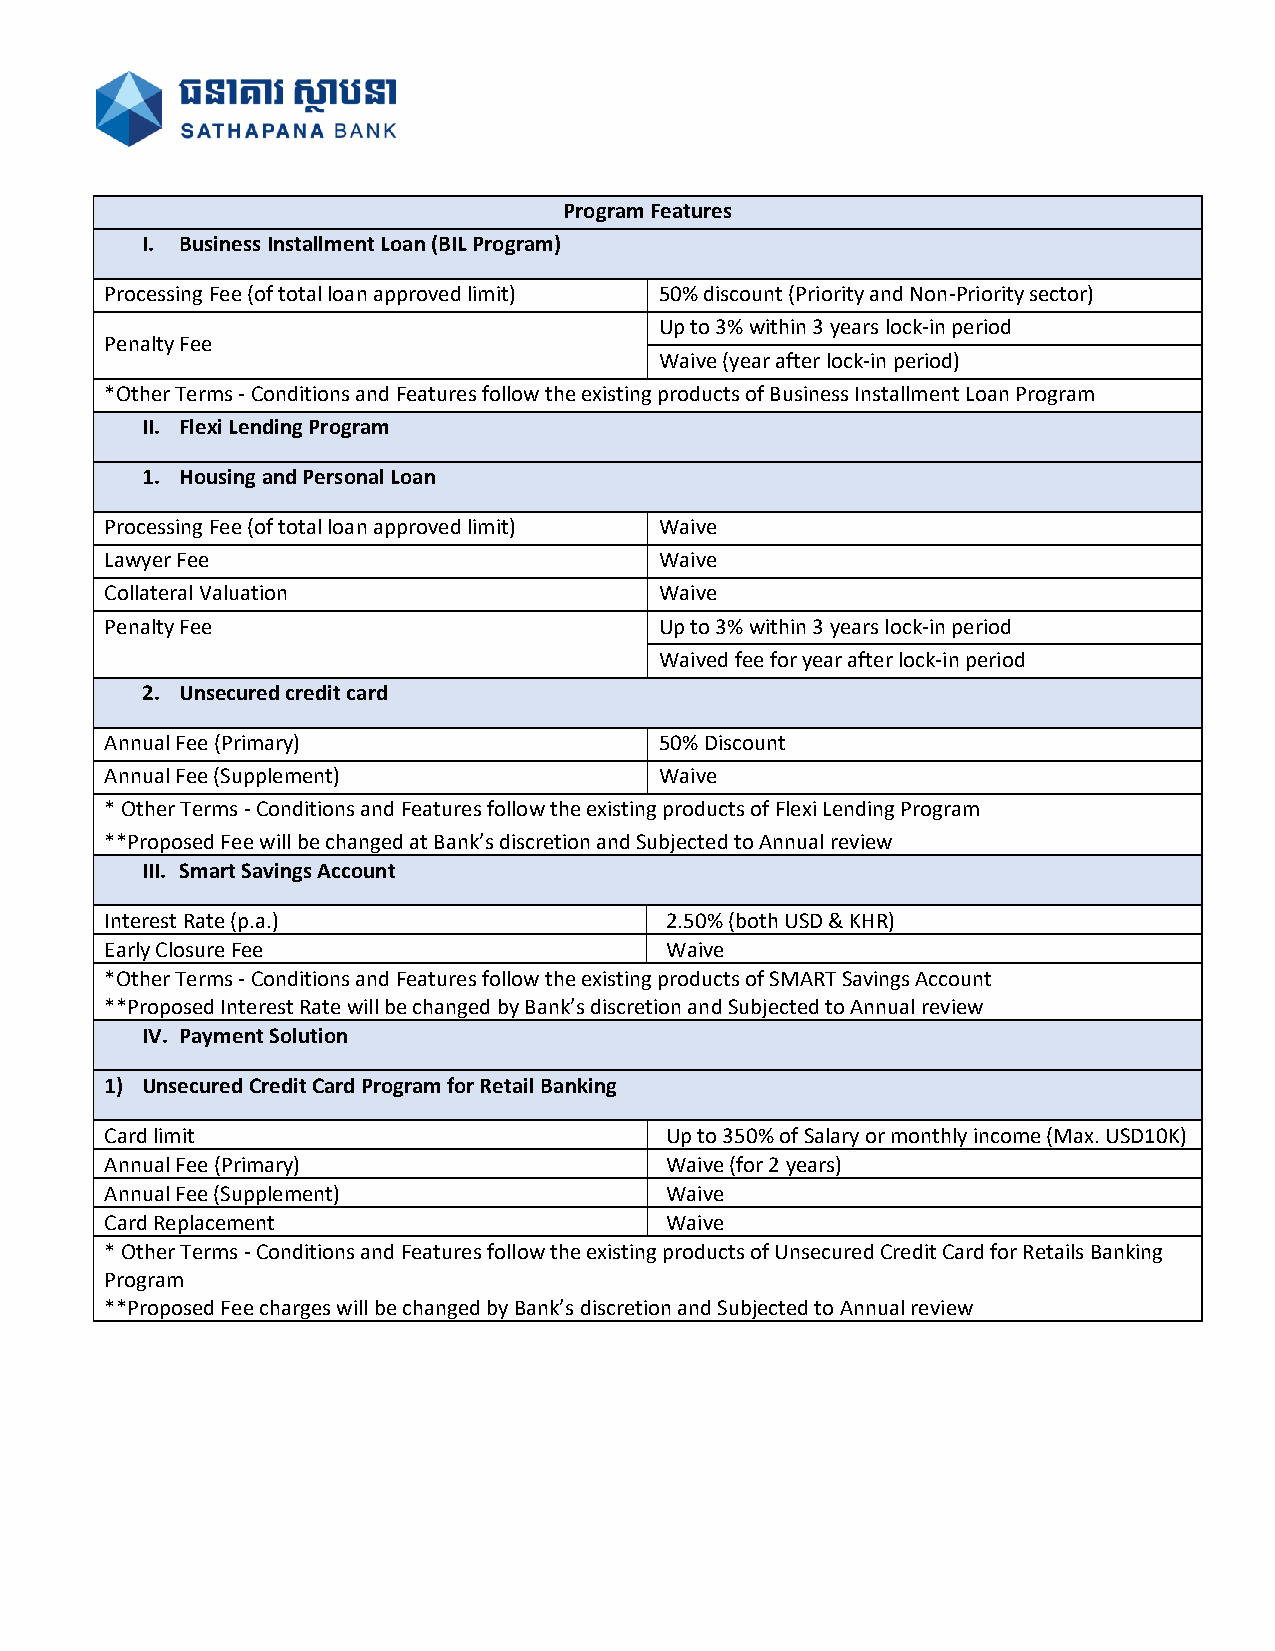
Program Features
 I. Business Installment Loan (BIL Program)
 Processing Fee (of total loan approved limit) 50% discount (Priority and Non-Priority sector)
 Up to 3% within 3 years lock-in period
 Penalty Fee
 Waive (year after lock-in period)
 *Other Terms - Conditions and Features follow the existing products of Business Installment Loan Program
 II. Flexi Lending Program
 1. Housing and Personal Loan
 Processing Fee (of total loan approved limit) Waive
 Lawyer Fee                           Waive
 Collateral Valuation                 Waive
 Penalty Fee                          Up to 3% within 3 years lock-in period
 Waived fee for year after lock-in period
 2. Unsecured credit card
 Annual Fee (Primary)                 50% Discount
 Annual Fee (Supplement)              Waive
 * Other Terms - Conditions and Features follow the existing products of Flexi Lending Program
 **Proposed Fee will be changed at Bank’s discretion and Subjected to Annual review
 III. Smart Savings Account
 Interest Rate (p.a.)                 2.50% (both USD & KHR)
 Early Closure Fee                    Waive
 *Other Terms - Conditions and Features follow the existing products of SMART Savings Account
 **Proposed Interest Rate will be changed by Bank’s discretion and Subjected to Annual review
 IV. Payment Solution
 1) Unsecured Credit Card Program for Retail Banking
 Card limit                           Up to 350% of Salary or monthly income (Max. USD10K)
 Annual Fee (Primary)                 Waive (for 2 years)
 Annual Fee (Supplement)              Waive
 Card Replacement                     Waive
 * Other Terms - Conditions and Features follow the existing products of Unsecured Credit Card for Retails Banking
 Program
 **Proposed Fee charges will be changed by Bank’s discretion and Subjected to Annual review